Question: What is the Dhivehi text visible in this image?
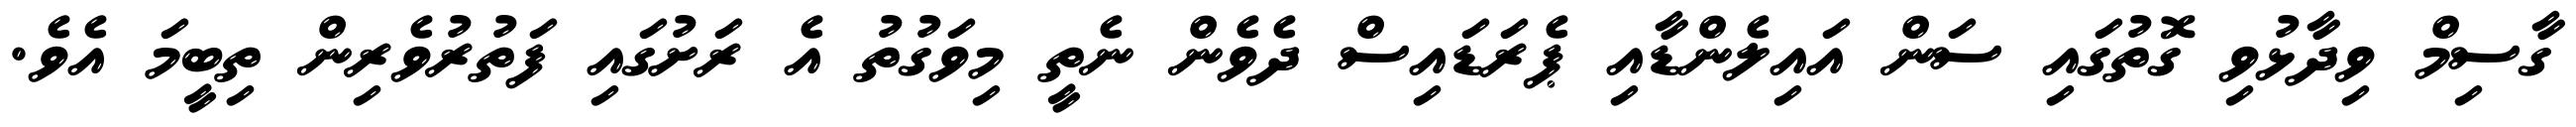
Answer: ގާސިމް ވިދާޅުވި ގޮތުގައި ސަން އައިލެންޑާއި ޕެރަޑައިސް ދެވެން ނެތީ މިވަގުތު އެ ރަށުގައި ފަތުރުވެރިން ތިބީމަ އެވެ.